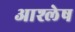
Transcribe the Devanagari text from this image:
आश्लेष